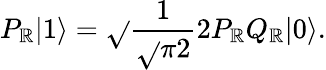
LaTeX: P_{\mathbb{R}}|1\rangle=\sqrt{}{{\frac{{1}}{{\sqrt{}{{\pi}}2}}}}2P_{\mathbb{R}}Q_{\mathbb{R}}|0\rangle.